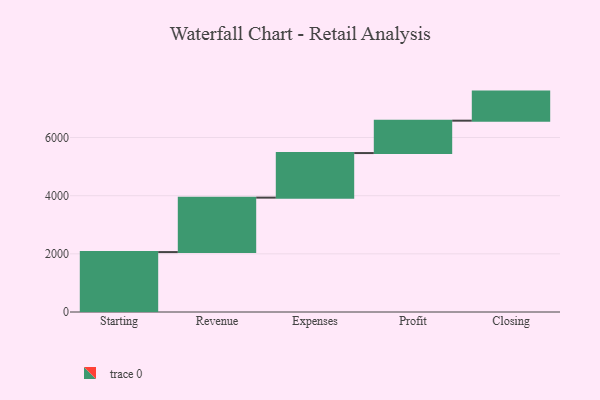
{"axis": {"x": "Step", "y": "Value"}, "legend": [""], "data": [{"x": "Starting", "y": 2061.0, "type": ""}, {"x": "Revenue", "y": 1873.0, "type": ""}, {"x": "Expenses", "y": 1533.0, "type": ""}, {"x": "Profit", "y": 1114.0, "type": ""}, {"x": "Closing", "y": 1000, "type": ""}]}